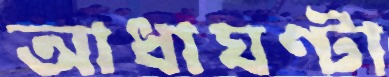
আধাঘণ্টা